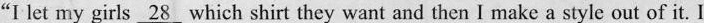
“I let my girls \underline{28} which shirt they want and then I make a style out of it. I